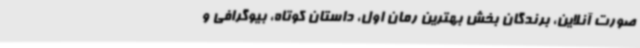
صورت آنلاین، برندگان بخش بهترین رمان اول، داستان کوتاه، بیوگرافی و